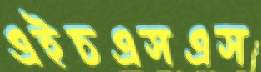
এইচএসএস